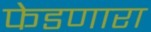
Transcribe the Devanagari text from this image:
फेडणारा